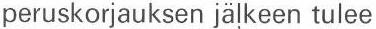
peruskorjauksen jälkeen tulee